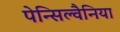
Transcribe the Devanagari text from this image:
पेन्सिल्वैनिया